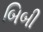
બિબી